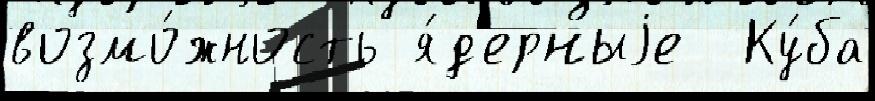
возмо́жность я́д'ерныjе  Ку́ба